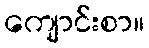
ကျောင်းစာ။